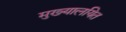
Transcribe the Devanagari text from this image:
मुख्यालयित